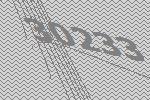
30233